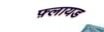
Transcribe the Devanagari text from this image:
फ़्लायड